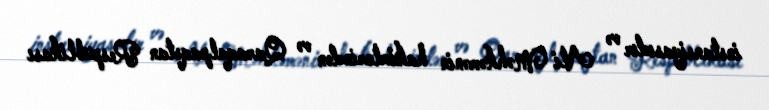
instansiyasıdır və Ali Məhkəmənin hakimlərindən və Qaraqalpaqstan Respublikası